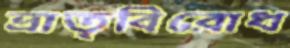
ভ্রাতৃবিরোধ